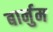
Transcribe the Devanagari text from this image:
बार्नुम